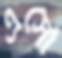
এসো